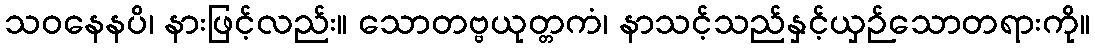
သဝနေနပိ၊ နားဖြင့်လည်း။ သောတဗ္ဗယုတ္တကံ၊ နာသင့်သည်နှင့်ယှဉ်သောတရားကို။